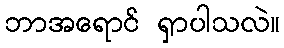
ဘာအရောင် ရှာပါသလဲ။